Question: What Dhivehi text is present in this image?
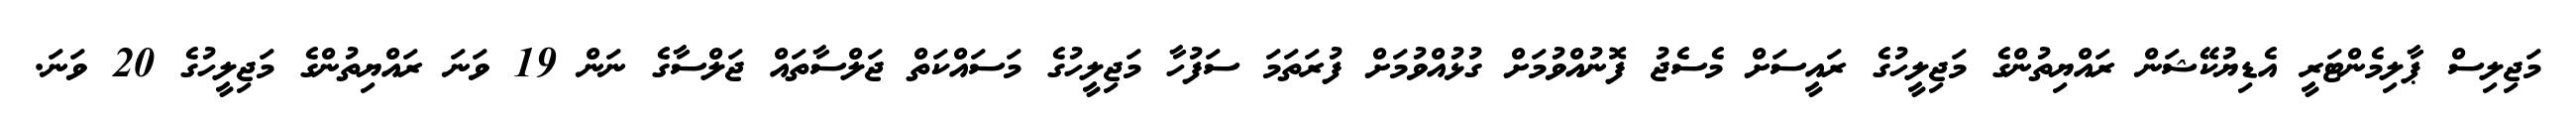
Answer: މަޖިލިސް ޕާލިމެންޓަރީ އެޑިޔުކޭޝަން ރައްޔިތުންގެ މަޖިލީހުގެ ރައީސަށް މެސެޖު ފޮނުއްވުމަށް ގުޅުއްވުމަށް ފުރަތަމަ ސަފުހާ މަޖިލީހުގެ މަސައްކަތް ޖަލްސާތައް ޖަލްސާގެ ނަން 19 ވަނަ ރައްޔިތުންގެ މަޖިލީހުގެ 20 ވަނަ.